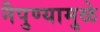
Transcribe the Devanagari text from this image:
नैपुण्यामुळे